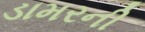
ડામરની